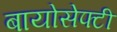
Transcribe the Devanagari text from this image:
बायोसेफ्टी